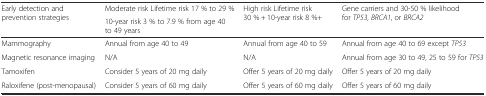
<table><thead><tr><td rowspan="2"><b>Early detection and prevention strategies</b></td><td><b>Moderate risk Lifetime risk 17 % to 29 %</b></td><td rowspan="2"><b>High risk Lifetime risk 30 % + 10-year risk 8 %+</b></td><td rowspan="2"><b>Gene carriers and 30-50 % likelihood for <i>TP53</i>, <i>BRCA1</i>, or <i>BRCA2</i></b></td></tr><tr><td><b>10-year risk 3 % to 7.9 % from age 40 to 49 years</b></td></tr></thead><tbody><tr><td>Mammography</td><td>Annual from age 40 to 49</td><td>Annual from age 40 to 59</td><td>Annual from age 40 to 69 except <i>TP53</i></td></tr><tr><td>Magnetic resonance imaging</td><td>N/A</td><td>N/A</td><td>Annual from age 30 to 49, 25 to 59 for <i>TP53</i></td></tr><tr><td>Tamoxifen</td><td>Consider 5 years of 20 mg daily</td><td>Offer 5 years of 20 mg daily</td><td>Offer 5 years of 20 mg daily</td></tr><tr><td>Raloxifene (post-menopausal)</td><td>Consider 5 years of 60 mg daily</td><td>Offer 5 years of 60 mg daily</td><td>Offer 5 years of 60 mg daily</td></tr></tbody></table>